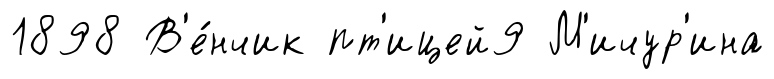
1898 В'е́нчик пт'ицей9 М'ичур'ина